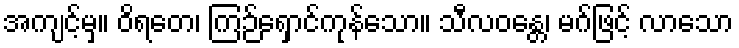
အကျင့်မှ။ ဝိရတေ၊ ကြဉ်ရှောင်ကုန်သော။ သီလဝန္တေ၊ မဂ်ဖြင့် လာသော